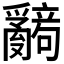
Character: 𬋹